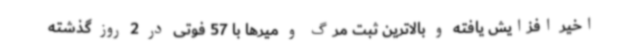
اخیر افزایش یافته و بالاترین ثبت مرگ و میرها با 57 فوتی در 2 روز گذشته